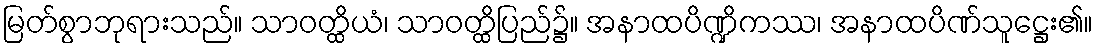
မြတ်စွာဘုရားသည်။ သာဝတ္ထိယံ၊ သာဝတ္ထိပြည်၌။ အနာထပိဏ္ဍိကဿ၊ အနာထပိဏ်သူဋ္ဌေး၏။